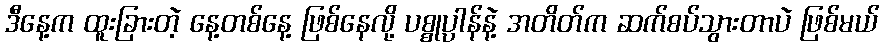
ဒီနေ့က ထူးခြားတဲ့ နေ့တစ်နေ့ ဖြစ်နေလို့ ပစ္စုပ္ပာန်နဲ့ အတိတ်က ဆက်စပ်သွားတာပဲ ဖြစ်မယ်